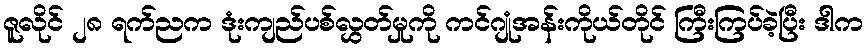
ဇူလိုင် ၂၈ ရက်ညက ဒုံးကျည်ပစ်လွှတ်မှုကို ကင်ဂျုံအန်းကိုယ်တိုင် ကြီးကြပ်ခဲ့ပြီး ဒါက